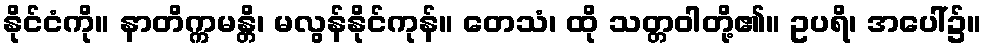
နိုင်ငံကို။ နာတိက္ကမန္တိ၊ မလွန်နိုင်ကုန်။ တေသံ၊ ထို သတ္တဝါတို့၏။ ဥပရိ၊ အပေါ်၌။